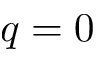
q = 0